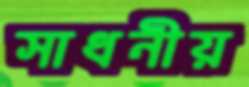
সাধনীয়